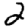
Digit: 2